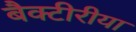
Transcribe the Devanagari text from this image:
बैक्टीरीया